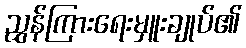
ညွှန်ကြားရေးမှူးချုပ်၏